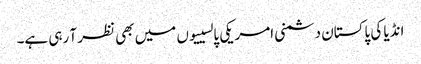
انڈیا کی پاکستان دشمنی امریکی پالسییوں میں بھی نظر آ رہی ہے۔